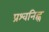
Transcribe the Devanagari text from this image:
प्रश्वनिह्न